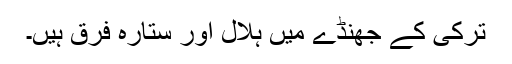
ترکی کے جھنڈے میں ہلال اور ستارہ فرق ہیں۔